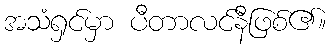
အသံရှင်မှာ ပီတာလင်နီဖြစ်၏။